Bréfritari: Sveinn Sveinsson
Viðtakandi: Jón Borgfirðingur
Dagsetning: A-1862-04-06
Skrifað á: Smiðsgerði  Skag.
62 ára árið 1860

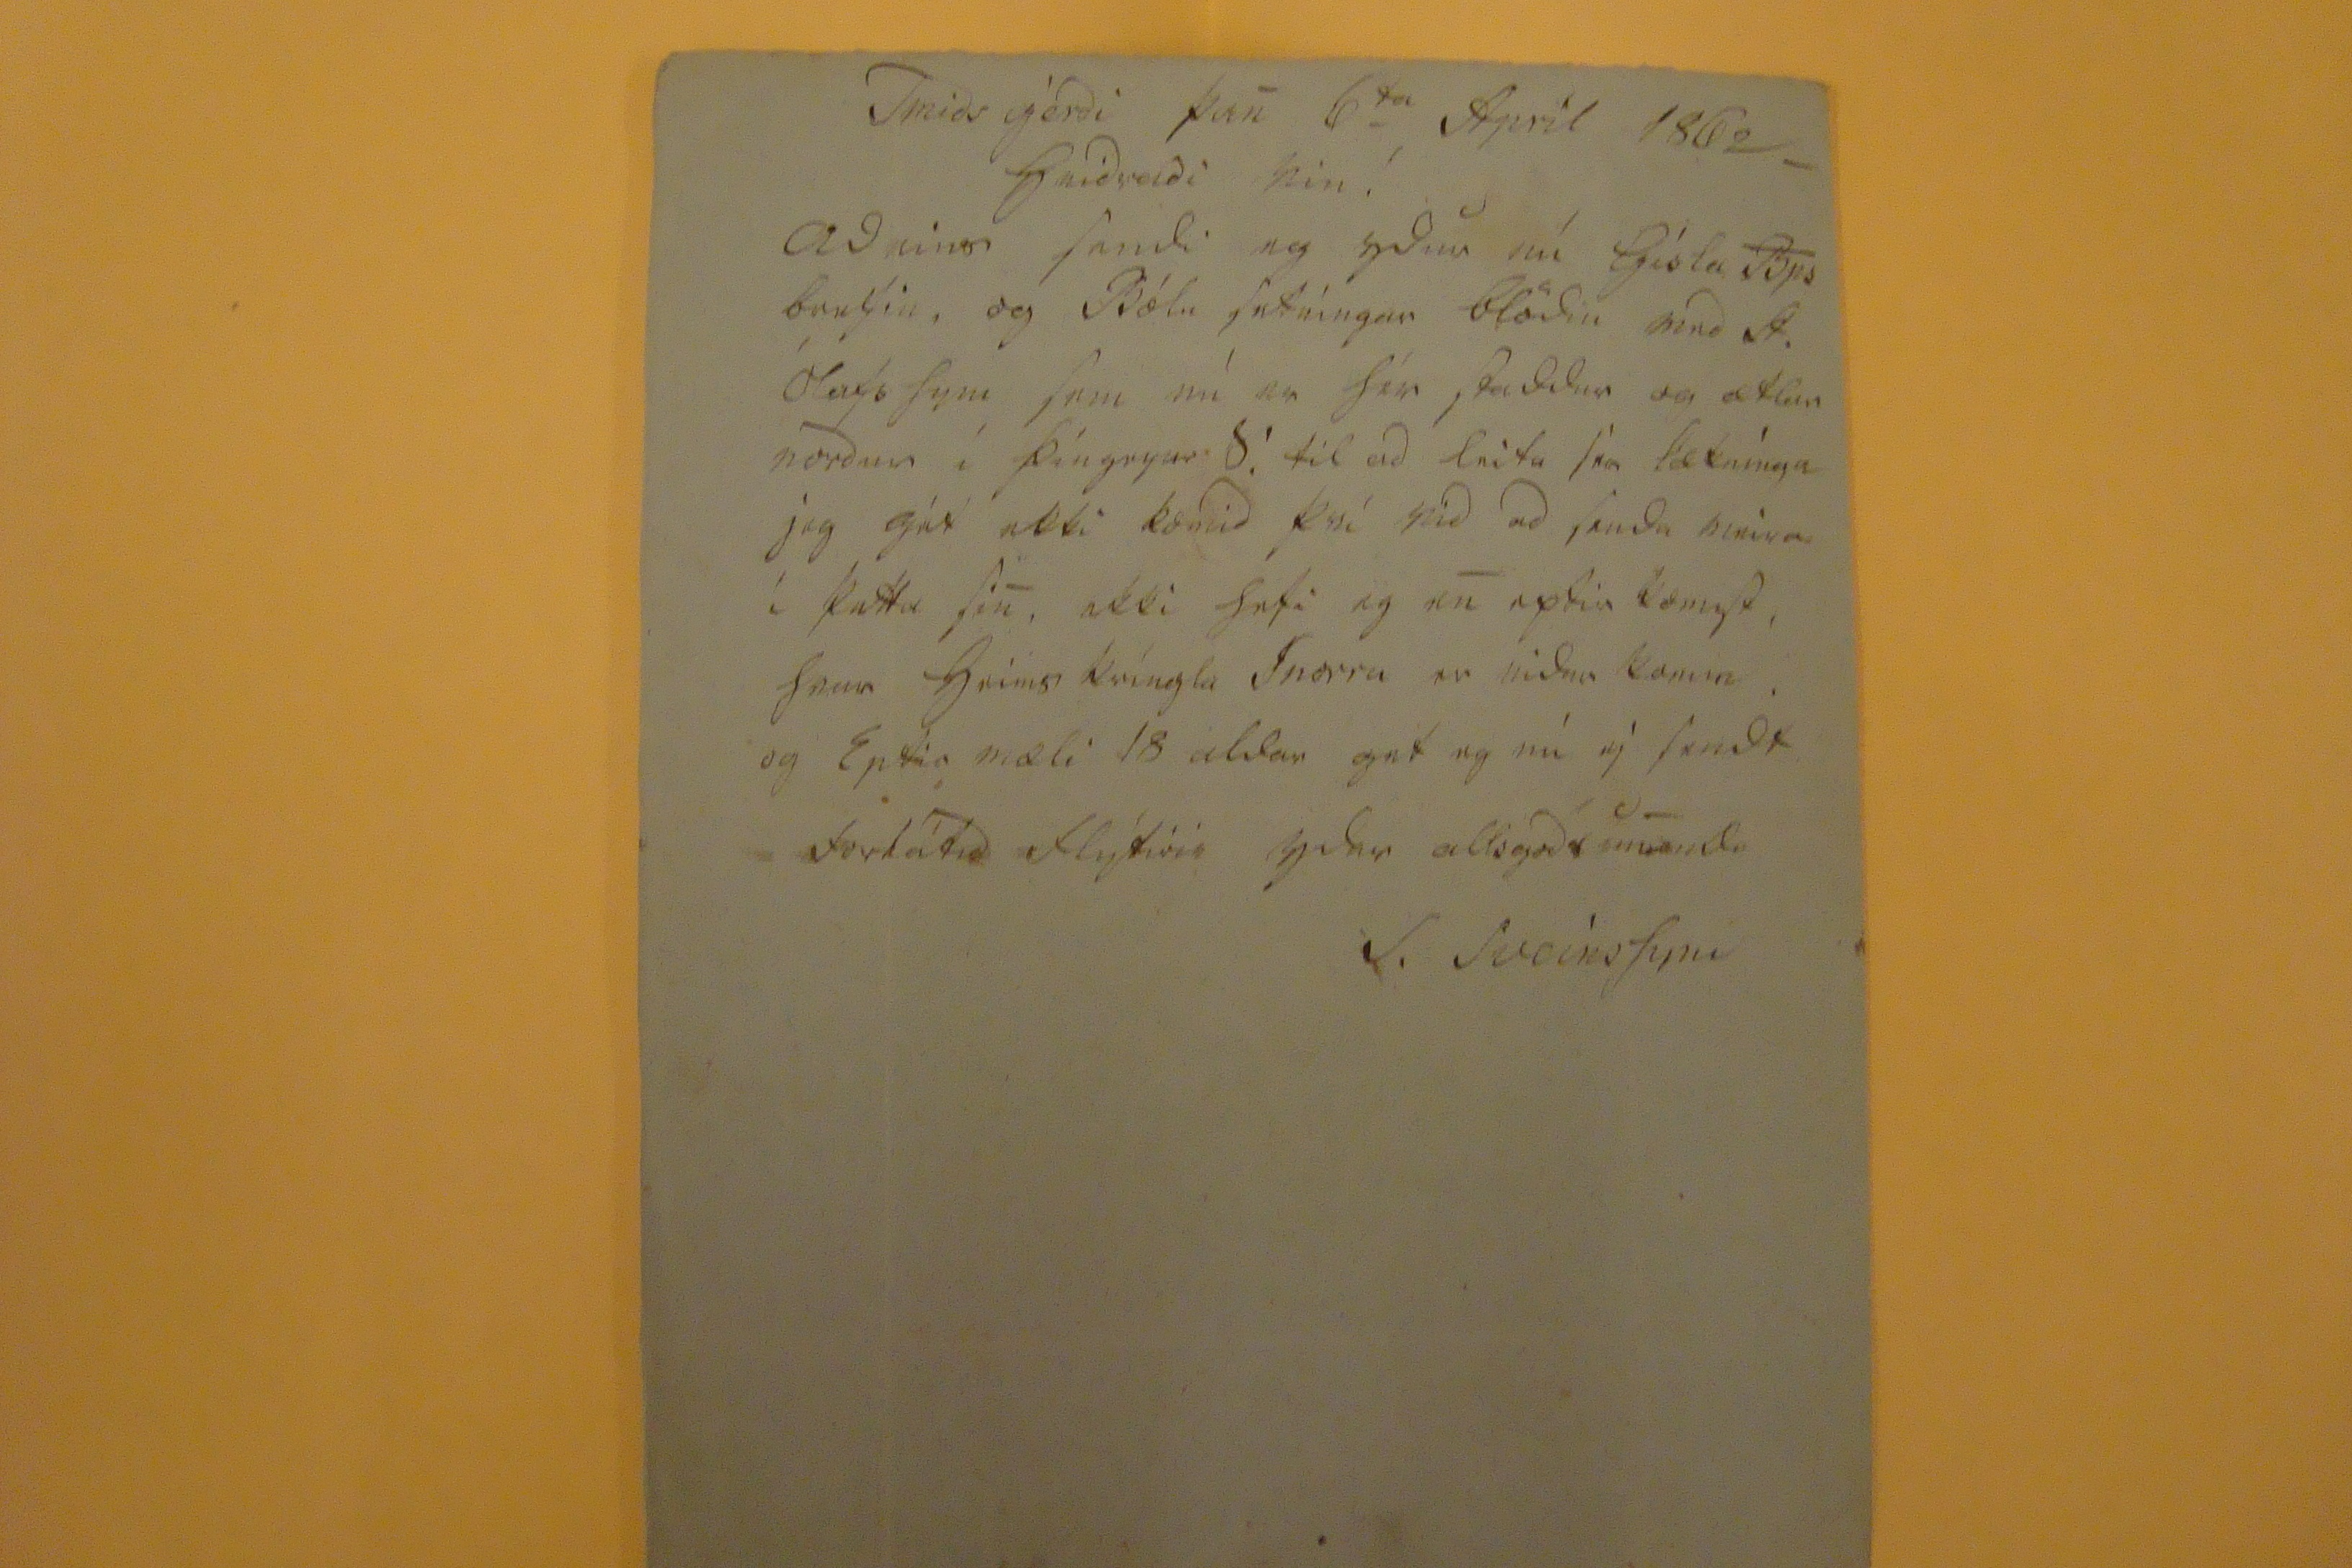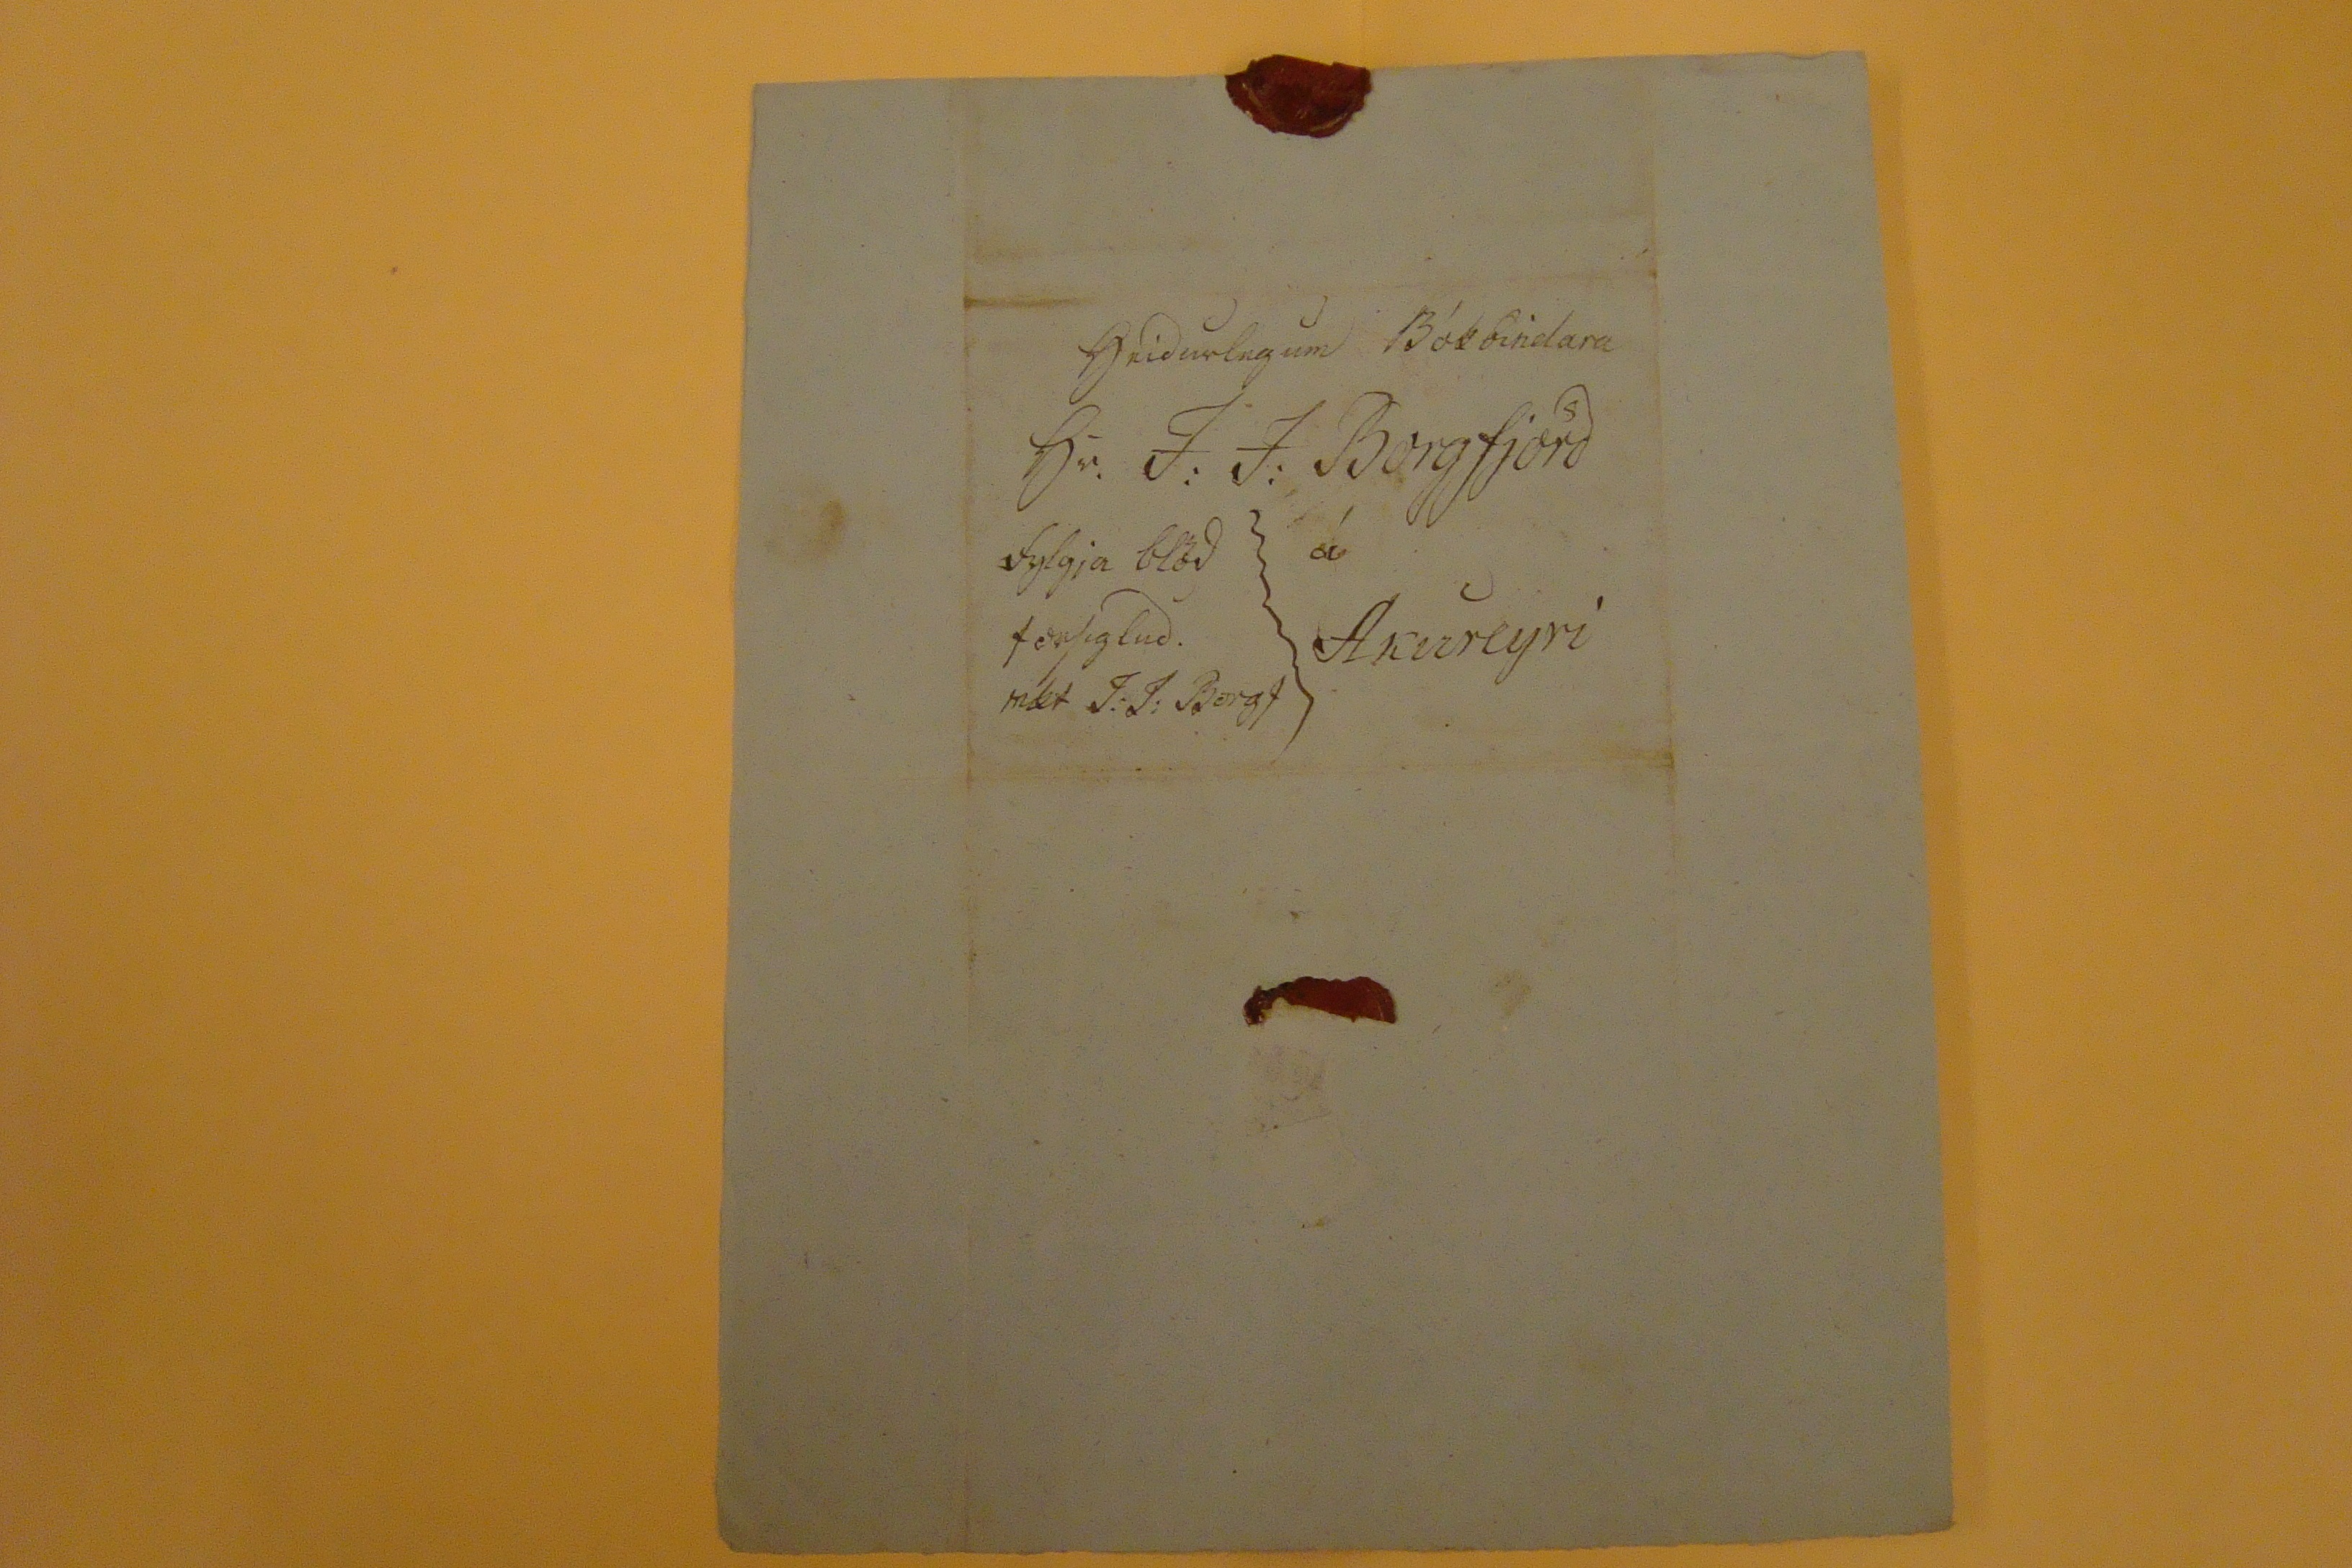

Virdurlegum Bókbindara
sir. J. J. Borgfjörd
á Akureyri
fylgja blöd forsiglud. met J. J. Borgf